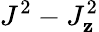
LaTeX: J^{2}-J_{\mathbf{z}}^{2}